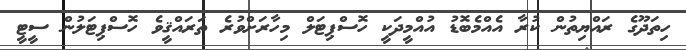
ހިތަދޫގެ ރައްޔިތުން ކުރާ އެއްމެބޮޑު އުއްމީދަކީ ހޮސްޕިޓަލް މިހާރަށްވުރެ ތަރައްޤީވެ ހޮސްޕިޓަލުން ސީޓީ